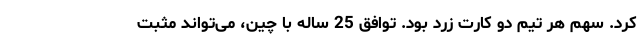
کرد. سهم هر تیم دو کارت زرد بود. توافق 25 ساله با چین، می‌تواند مثبت